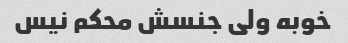
خوبه ولی جنسش محکم نیس